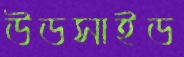
উডসাইড